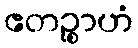
ဧတဉ္စာဟံ